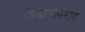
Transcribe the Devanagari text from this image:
विदारीकन्द